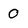
Character: 0